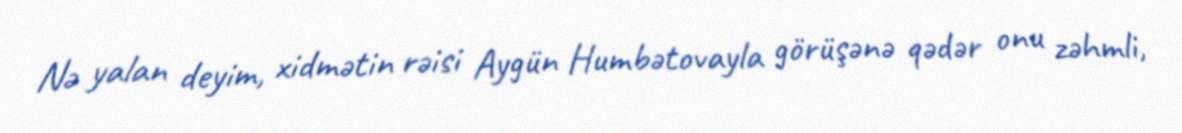
Nə yalan deyim, xidmətin rəisi Aygün Humbətovayla görüşənə qədər onu zəhmli,